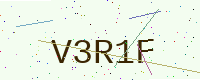
Text: V3R1F